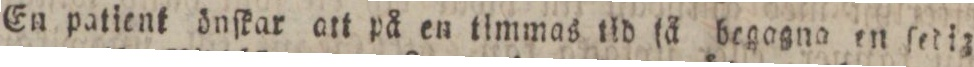
En patient önſkar att på en timmas tid ſå begagna en ſedig